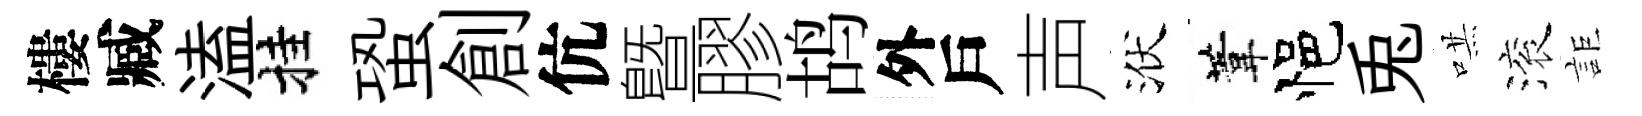
樓臧溘挂蛩創伉曁膠鸪外戶声洑葦悒兎哄滚詎